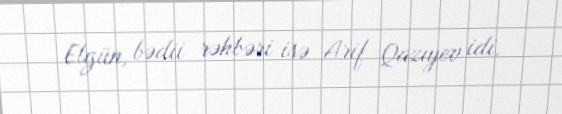
Elgün, bədii rəhbəri isə Arif Qazıyev idi.